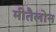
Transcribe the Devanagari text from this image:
मीतैलोन